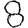
Digit: 8